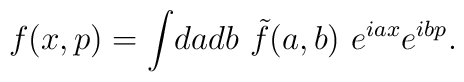
f(x,p)= \int\! da db ~\tilde{f}(a,b) ~ e^{iax} e^{ibp}.